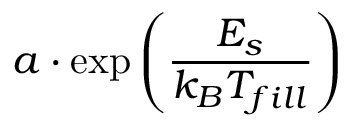
a \cdot \exp \left( { \frac { E _ { s } } { k _ { B } T _ { f i l l } } } \right)